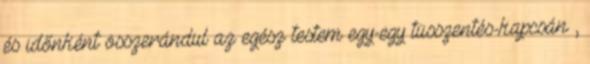
és időnként összerándul az egész testem egy-egy tüsszentés-kapcsán ,